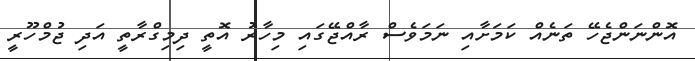
އޮންނަންޖެހޭ ތަނެއް ކަމަށާއި ނަމަވެސް ރާއްޖޭގައި މިހާރު އޮތީ ދިމިގްރާތީ އަދި ޖުމްހޫރީ